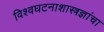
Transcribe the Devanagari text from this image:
विश्वघटनाशास्त्रज्ञांचा